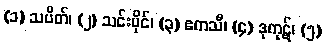
(၁) သပိတ်၊ (၂) သင်းပိုင်၊ (၃) ဧကသီ၊ (၄) ဒုကုဋ်၊ (၅)